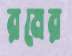
রমের